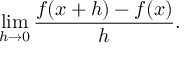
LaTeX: \operatorname* { l i m } _ { h \to 0 } { \frac { f ( x + h ) - f ( x ) } { h } } .